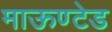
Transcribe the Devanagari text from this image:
माऊण्टेड